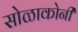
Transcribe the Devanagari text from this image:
सोळाकोनी